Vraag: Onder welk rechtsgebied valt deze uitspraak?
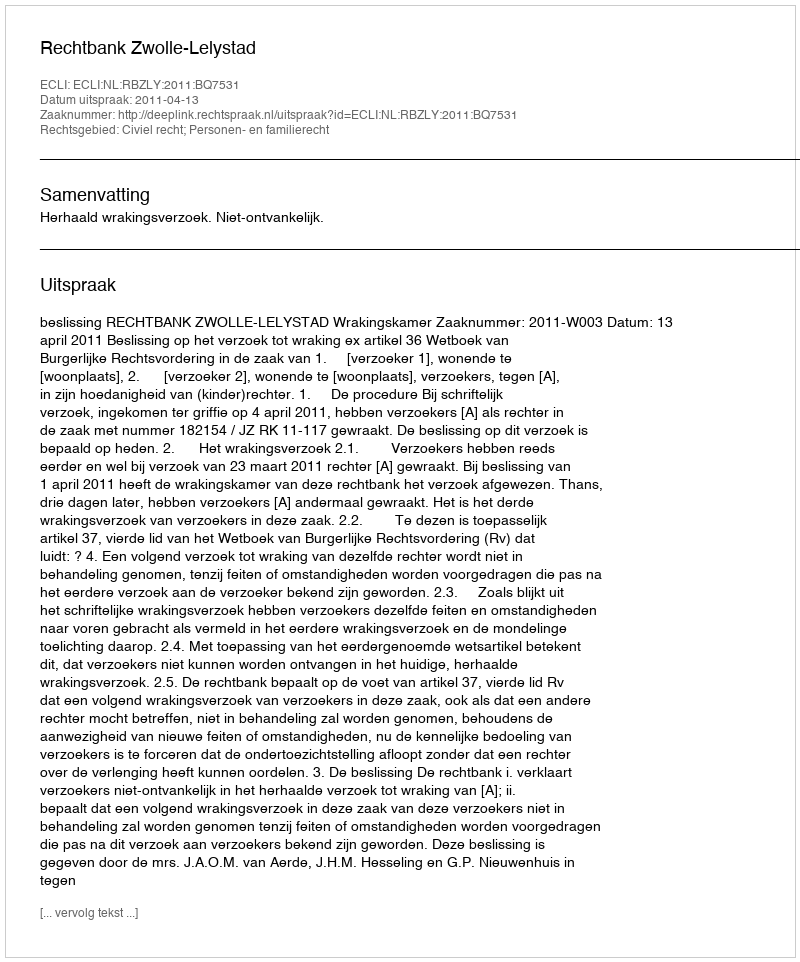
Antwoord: Civiel recht; Personen- en familierecht